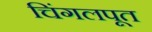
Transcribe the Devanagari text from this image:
चिंगलपूत